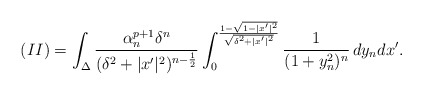
\begin{align*}(II)=\int_{\Delta} \frac{\alpha_n^{p+1}\delta^n }{(\delta^2+|x'|^2)^{n-\frac{1}{2}}} \int_0^{\frac{1-\sqrt{1-|x'|^2}}{\sqrt{\delta^2+|x'|^2}}} \frac{1}{(1+y_n^2)^n}\, dy_ndx'.\end{align*}